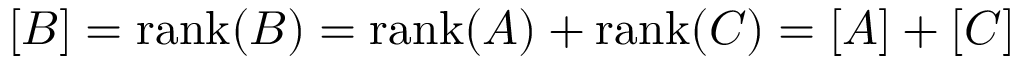
[ B ] = \operatorname { r a n k } ( B ) = \operatorname { r a n k } ( A ) + \operatorname { r a n k } ( C ) = [ A ] + [ C ]